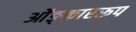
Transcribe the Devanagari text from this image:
ओंङ्काररूप